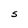
Character: S